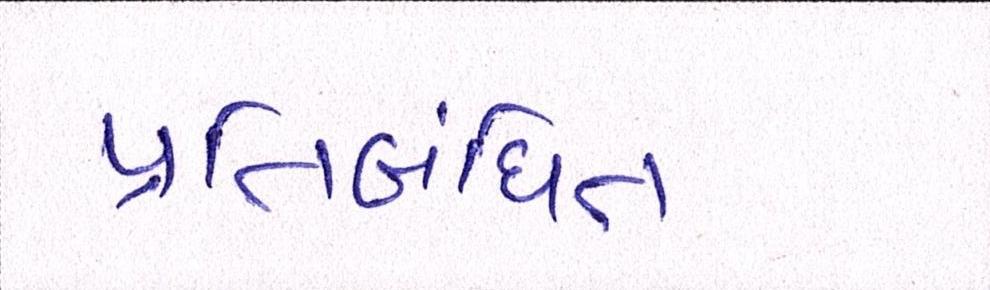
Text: પ્રતિબંધિત